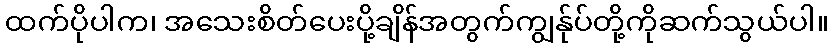
ထက်ပိုပါက၊ အသေးစိတ်ပေးပို့ချိန်အတွက်ကျွန်ုပ်တို့ကိုဆက်သွယ်ပါ။